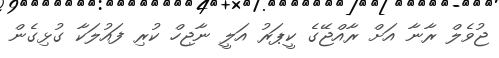
ޖުވެލް ރާނާ އަށް ރާއްޖޭގެ ކީޕަރު އަލީ ނާޖިހް ކުރި ފައުލަކާ ގުޅިގެން